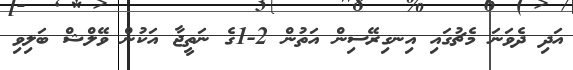
އަދި ދެވަނަ މެޗުގައި އިނގިރޭސިން އަތުން 2-1ގެ ނަތީޖާ އަކުން ވޭލްޝް ބަލިވި